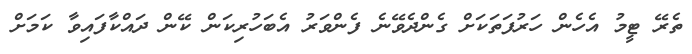
ތެރޭ ޓީމު އެހެން ހަރުފަތަކަށް ގެންދެވޭނެ ފެންވަރު އެބަހުރިކަން ކޭން ދައްކާފައިވާ ކަމަށް